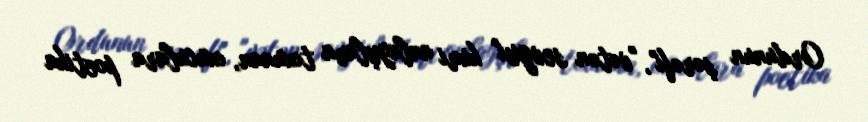
Ordunun şərəfi", "vətən sevgisi" kimi anlayışlara toxunan, oxuculara poetika